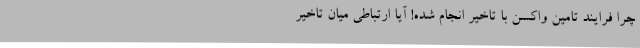
چرا فرایند تامین واکسن با تاخیر انجام شده! آیا ارتباطی میان تاخیر